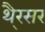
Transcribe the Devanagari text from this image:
थै्रसर